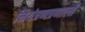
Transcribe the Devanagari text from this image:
नियंत्रणप्रणाली